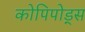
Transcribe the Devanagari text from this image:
कोपिपोड्स